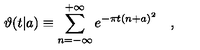
\vartheta ( t | a ) \equiv \sum _ { n = - \infty } ^ { + \infty } e ^ { - \pi t ( n + a ) ^ { 2 } } \quad ,